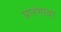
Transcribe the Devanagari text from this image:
प्रारंभाचा